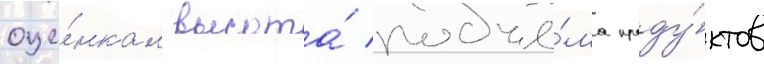
оце́нкам высота́ подъё́ма проду́ктов